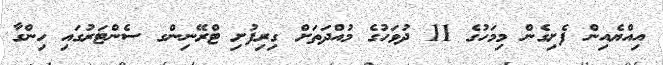
އިއްޔެއިން ފެށިގެން މިމަހުގެ 11 ދުވަހުގެ މުއްދަތަށް ގިރިފުށި ޓްރޭނިންގ ސެންޓަރުގައި ހިންގާ